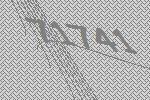
71741